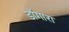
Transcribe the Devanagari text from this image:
डोंगारा